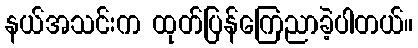
နယ်အသင်းက ထုတ်ပြန်ကြေညာခဲ့ပါတယ်။